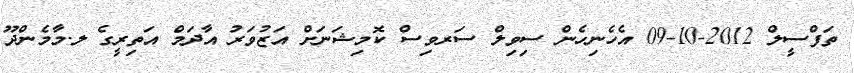
ތަފްސީލް 2012-10-09 އެހެނިހެން ސިވިލް ސަރވިސް ކޮމިޝަނަށް އަޒުވަރު އާދަމް އަތިރީގެ ލ.މާމެންދޫ